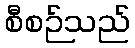
စီစဉ်သည်